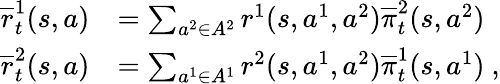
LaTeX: \begin{array}{rl}{\overline{{r}}_{t}^{1}(s,a)}&{=\sum_{a^{2}\in A^{2}}r^{1}(s,a^{1},a^{2})\overline{{\pi}}_{t}^{2}(s,a^{2})}\\ {\overline{{r}}_{t}^{2}(s,a)}&{=\sum_{a^{1}\in A^{1}}r^{2}(s,a^{1},a^{2})\overline{{\pi}}_{t}^{1}(s,a^{1})\ ,}\end{array}